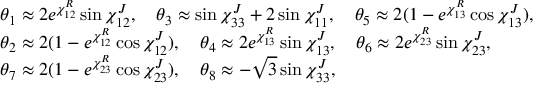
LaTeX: \begin{array} { l l } { { \theta _ { 1 } \approx 2 e ^ { \chi _ { 1 2 } ^ { R } } \sin \chi _ { 1 2 } ^ { J } , \quad \theta _ { 3 } \approx \sin \chi _ { 3 3 } ^ { J } + 2 \sin \chi _ { 1 1 } ^ { J } , \quad \theta _ { 5 } \approx 2 ( 1 - e ^ { \chi _ { 1 3 } ^ { R } } \cos \chi _ { 1 3 } ^ { J } ) , } } \\ { { \theta _ { 2 } \approx 2 ( 1 - e ^ { \chi _ { 1 2 } ^ { R } } \cos \chi _ { 1 2 } ^ { J } ) , \quad \theta _ { 4 } \approx 2 e ^ { \chi _ { 1 3 } ^ { R } } \sin \chi _ { 1 3 } ^ { J } , \quad \theta _ { 6 } \approx 2 e ^ { \chi _ { 2 3 } ^ { R } } \sin \chi _ { 2 3 } ^ { J } , } } \\ { { \theta _ { 7 } \approx 2 ( 1 - e ^ { \chi _ { 2 3 } ^ { R } } \cos \chi _ { 2 3 } ^ { J } ) , \quad \theta _ { 8 } \approx - \sqrt { 3 } \sin \chi _ { 3 3 } ^ { J } , } } \end{array}